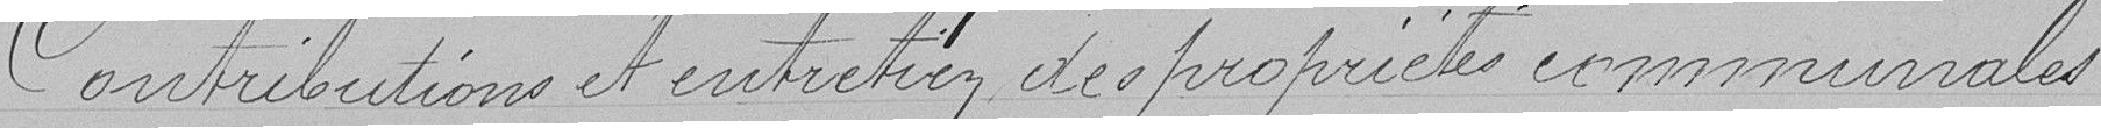
Contributions et entretien des propriétés nunicipales